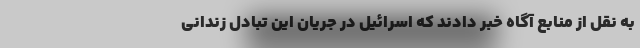
به نقل از منابع آگاه خبر دادند که اسرائیل در جریان این تبادل زندانی